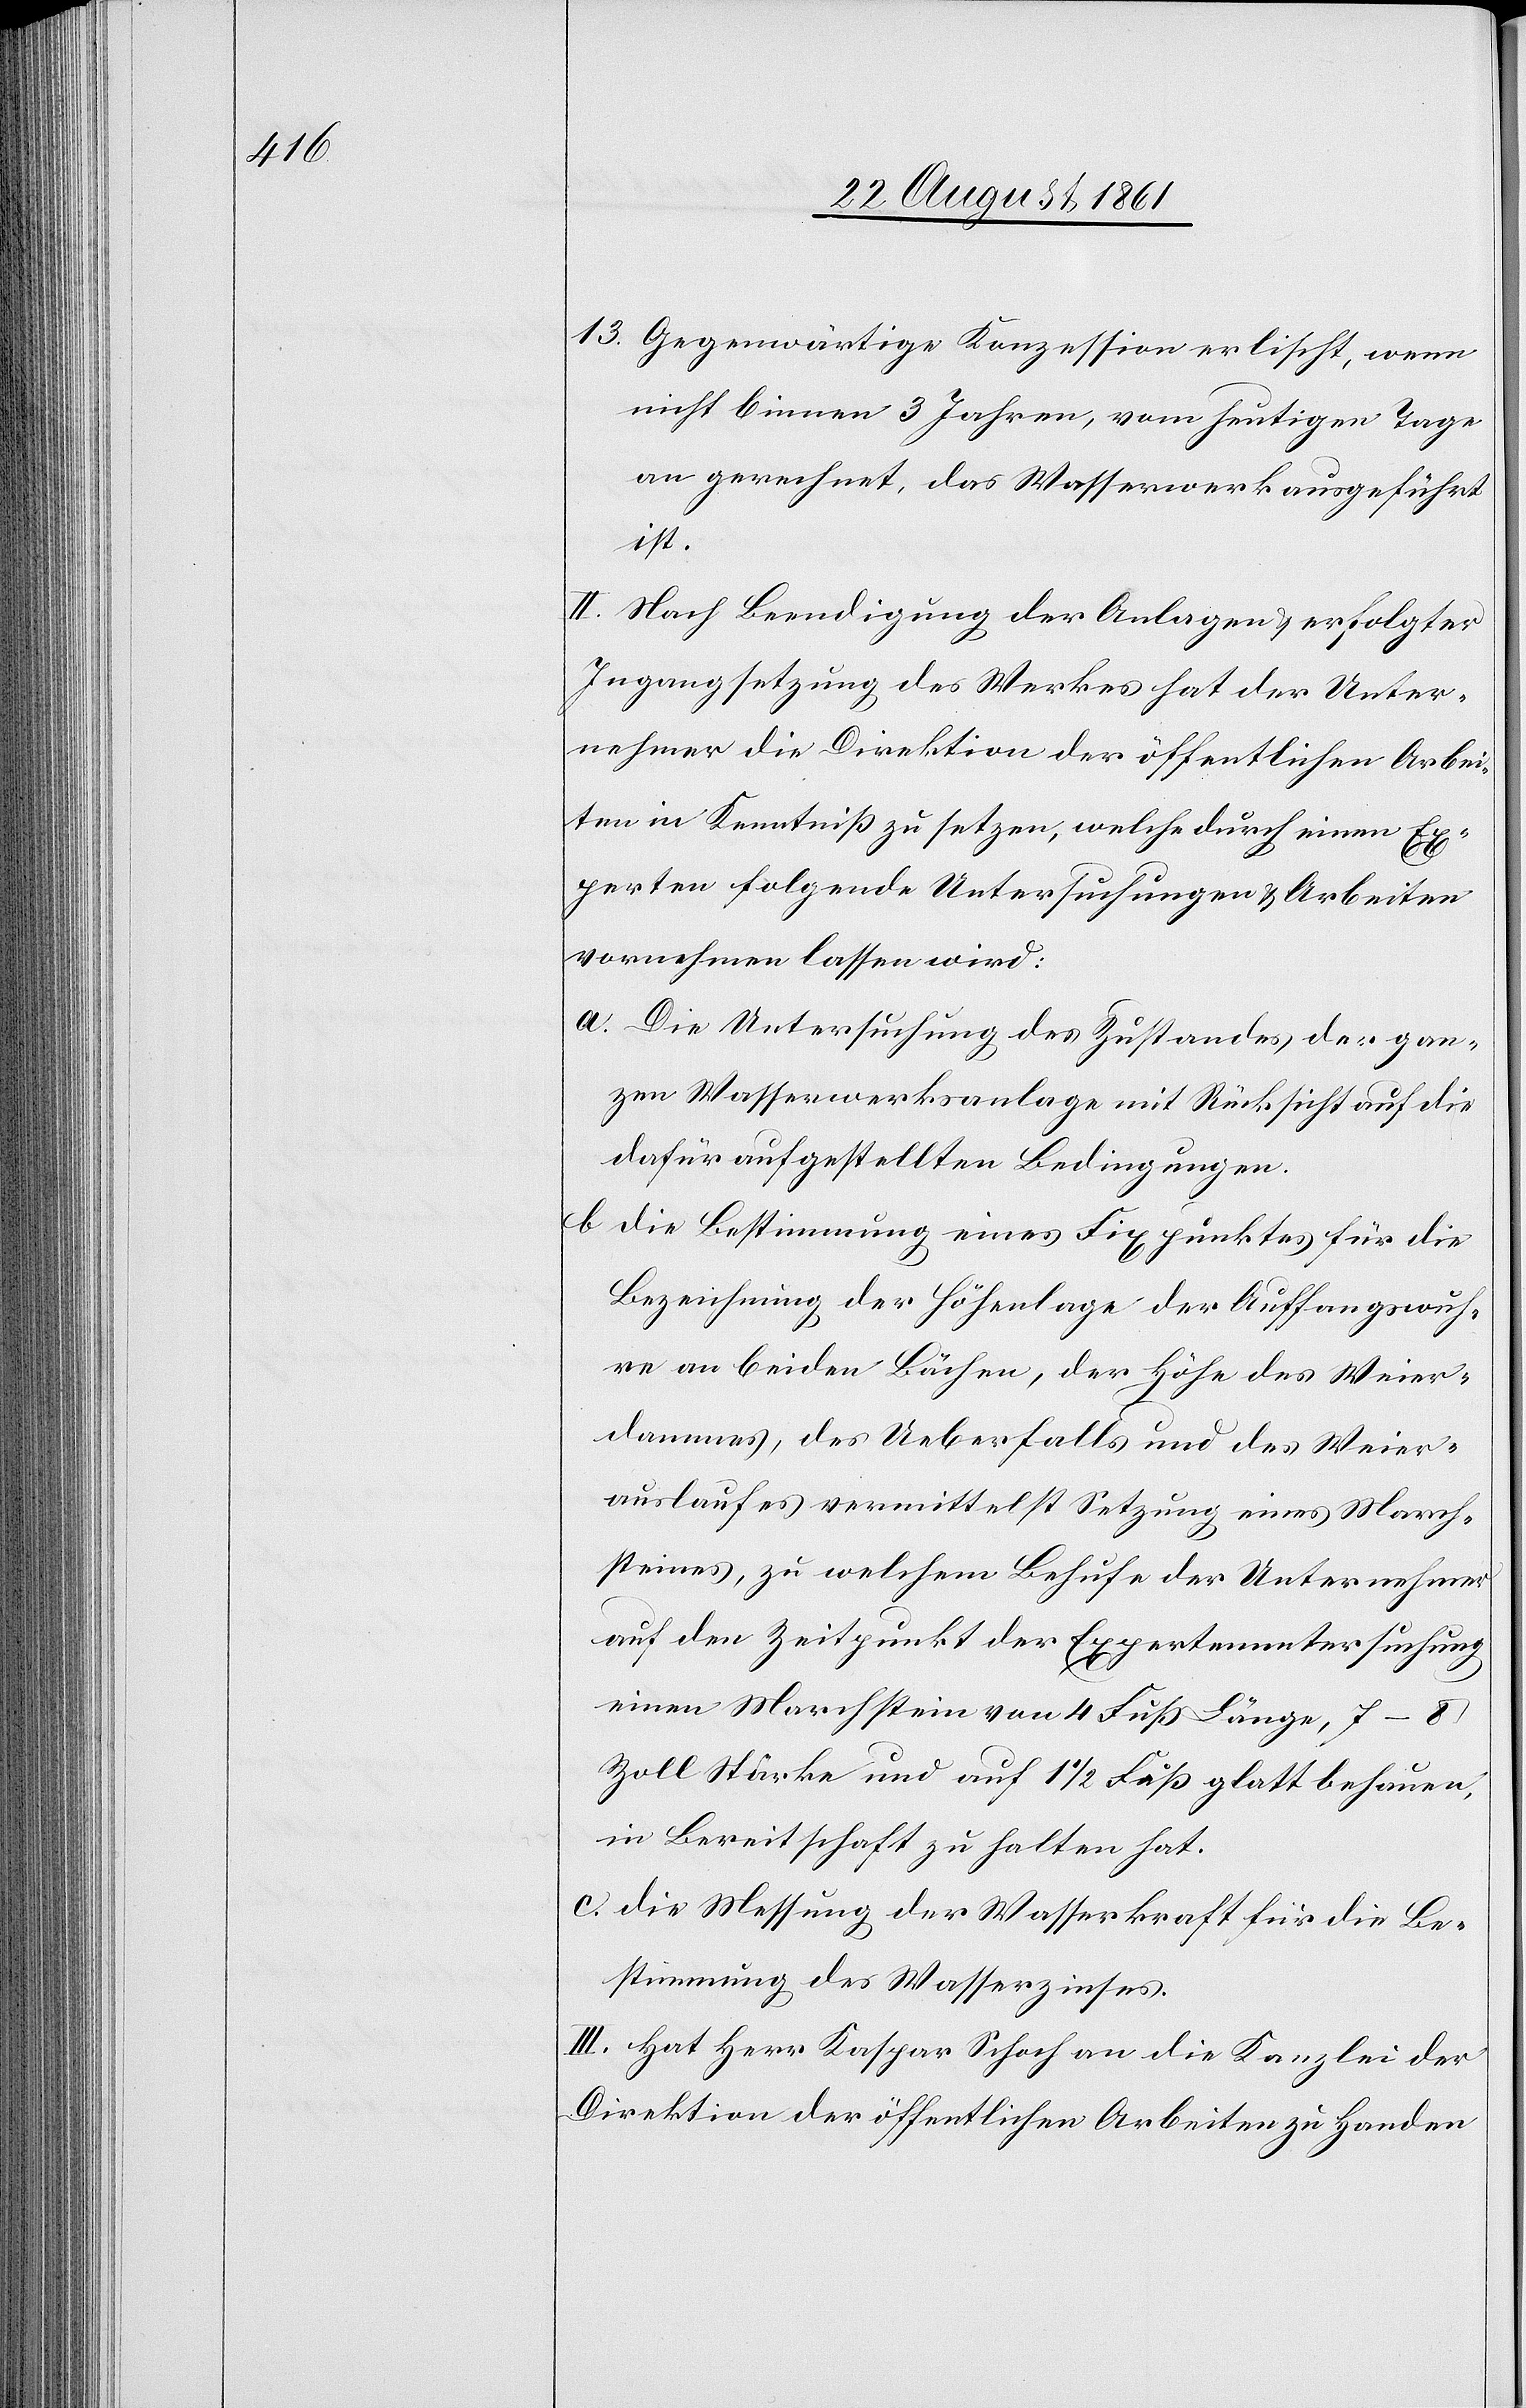
13. Gegenwärtige Konzession erlischt, wenn
nicht binnen 3 Jahren, vom heutigen Tage
an gerechnet, das Wasserwerk ausgeführt
ist.
II. Nach Beendigung der Anlagen u. erfolgter
Ingangsetzung des Werkes hat der Unter¬
nehmer die Direktion der öffentlichen Arbei¬
ten in Kenntniß zu setzen, welche durch einen Ex¬
perten folgende Untersuchungen u. Arbeiten
vornehmen lassen wird:
a. Die Untersuchung des Zustandes der gan¬
zen Wasserwerksanlage mit Rücksicht auf die
dafür aufgestellten Bedingungen.
b. Die Bestimmung eines Fixpunktes für die
Bezeichnung der Höhenlage der Auffangswuh¬
re an beiden Bächen, der Höhe des Weier¬
dammes, des Ueberfalls und des Weier¬
auslaufes vermittelst Setzung eines March¬
steines, zu welchem Behufe der Unternehmer
auf den Zeitpunkt der Expertenuntersuchung
einen Marchstein von 4 Fuß Länge, 7–8
Zoll Stärke und auf 1 1/2 Fuß glatt behauen,
in Bereitschaft zu halten hat.
c. Die Messung der Wasserkraft für die Be¬
stimmung des Wasserzinses.
III. Hat Herr Kaspar Schoch an die Kanzlei der
Direktion der öffentlichen Arbeiten zu Handen